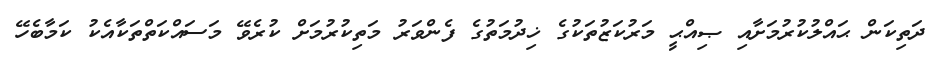
ދަތިކަން ޙައްލުކުރުމަށާއި ޞިއްޙީ މަރުކަޒުތަކުގެ ޚިދުމަތުގެ ފެންވަރު މަތިކުރުމަށް ކުރެވޭ މަސައްކަތްތަކާއެކު ކަމާބެހޭ